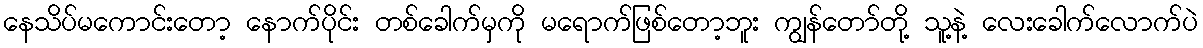
နေသိပ်မကောင်းတော့ နောက်ပိုင်း တစ်ခေါက်မှကို မရောက်ဖြစ်တော့ဘူး ကျွန်တော်တို့ သူ့နဲ့ လေးခေါက်လောက်ပဲ